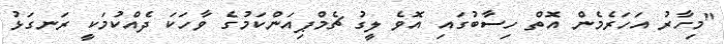
"މިހާރު އަހަރެމެން އޮތް ހިސާބުގައި އޮވެ ލީގު ޗެމްޕިއަންކަމުގެ ވާހަކަ ދެއްކުމަކީ ރަނގަޅު